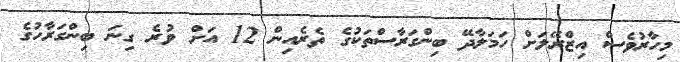
މިހާރުވެސް އިޒްރޭލަށް ހަމަލާދޭ ބިންގަރާސްތަކުގެ ތެރެއިން 12 އަށް ވުރެ ގިނަ ބިންގަރާހުގެ